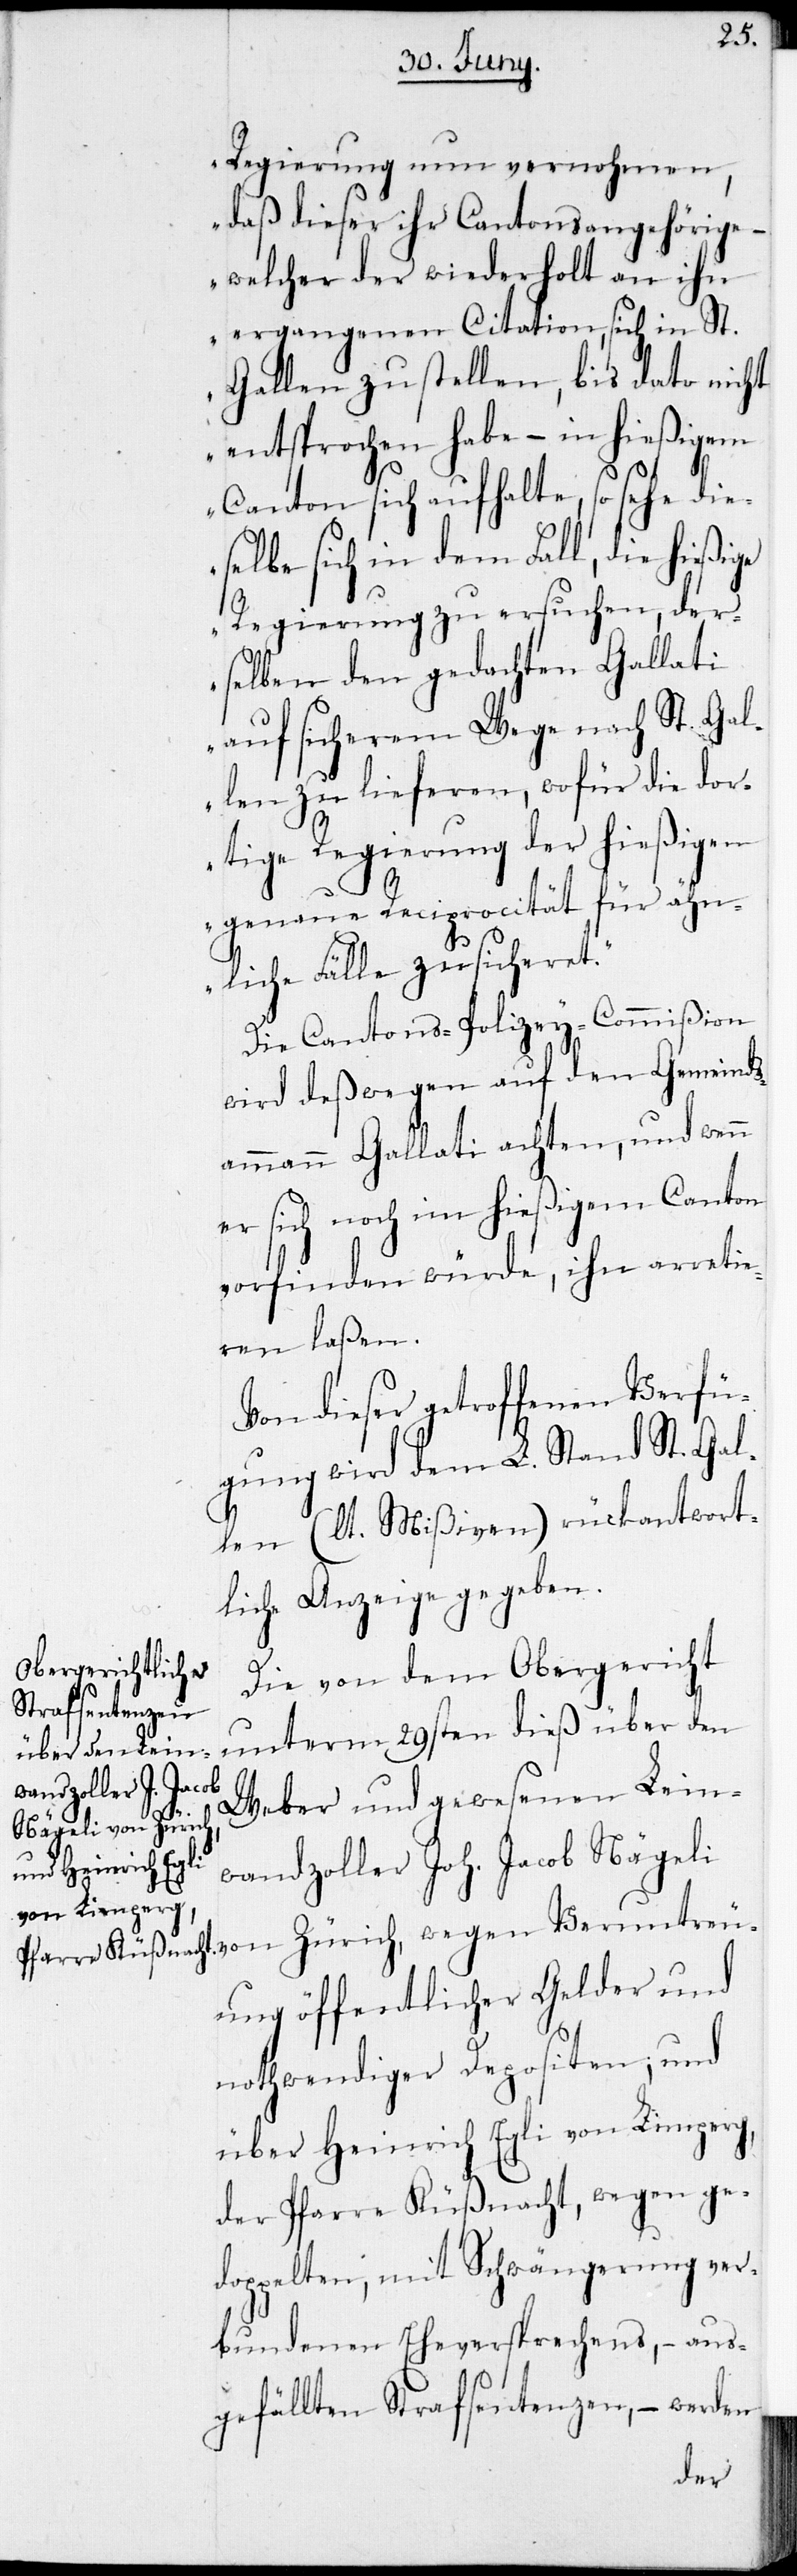
Regierung nun vernohmen,
daß dieser ihr Cantonsangehöriger,
welcher der wiederholt an ihr
ergangenen Citation, sich in St.
Gallen zu stellen, bis dato nicht
entsprochen habe – in hießigem
Canton sich aufhalte, so sehe die¬
selbe sich in dem Fall, die hießige
Regierung zu ersuchen, der¬
selben den gedachten Gallati
auf sicherem Wege nach St. Gal¬
len zu lieferen, wofür die dor¬
tige Regierung der hießigen
genaue Reciprocität für ähn¬
liche Fälle zusicheret.“
Die Cantons-Polizey-Commißion
wird deßwegen auf den Gemeinds¬
ammann Gallati achten, und wenn
er sich noch im hießigem Canton
vorfinden würde, ihn arretie¬
ren laßen.
Von dieser getroffenen Verfü¬
gung wird dem L. Stand St. Gal¬
len (lt. Mißiven) rückantwort¬
lich Anzeige gegeben.
Die von dem Obergericht
unterm 29sten dieß über den
Weber und gewesenen Lein¬
von
wegen Veruntreu¬
wandzoller Joh. Jacob Nägeli
ung öffentlicher Gelder und
nothwendiger Depositen; und
über Heinrich Egli von Limperg,
der Pfarre Küßnacht, wegen ge¬
doppelten, mit Schwängerung ver¬
bundener Ehrversprechens, – aus¬
gefällten Strafsentenzen, – werden